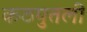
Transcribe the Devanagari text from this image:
कठपुतली